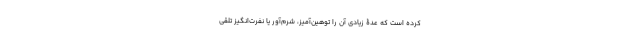
کرده است که عدۀ زیادی آن را توهین‌آمیز، شرم‌آور یا نفرت‌انگیز تلقی